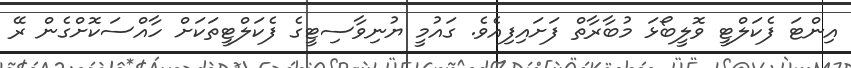
އިންޓަ ފެކަލްޓީ ވޮލީބޯޅަ މުބާރާތް ފަށައިފިއެވެ. ގައުމީ ޔުނިވާސިޓީގެ ފެކަލްޓީތަކަށް ހާއްސަކޮށްގެން ރޭ